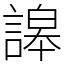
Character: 䜂